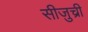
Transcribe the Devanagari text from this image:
सीजुच्री